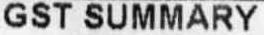
GST SUMMARY